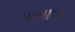
પાતાળ